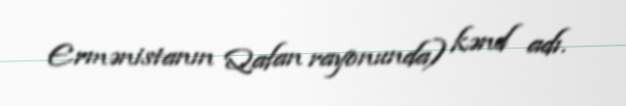
Ermənistanın Qafan rayonunda) kənd adı.